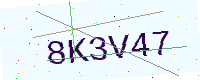
Text: 8K3V47